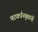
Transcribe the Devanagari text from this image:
पटवर्धनबुवांनी